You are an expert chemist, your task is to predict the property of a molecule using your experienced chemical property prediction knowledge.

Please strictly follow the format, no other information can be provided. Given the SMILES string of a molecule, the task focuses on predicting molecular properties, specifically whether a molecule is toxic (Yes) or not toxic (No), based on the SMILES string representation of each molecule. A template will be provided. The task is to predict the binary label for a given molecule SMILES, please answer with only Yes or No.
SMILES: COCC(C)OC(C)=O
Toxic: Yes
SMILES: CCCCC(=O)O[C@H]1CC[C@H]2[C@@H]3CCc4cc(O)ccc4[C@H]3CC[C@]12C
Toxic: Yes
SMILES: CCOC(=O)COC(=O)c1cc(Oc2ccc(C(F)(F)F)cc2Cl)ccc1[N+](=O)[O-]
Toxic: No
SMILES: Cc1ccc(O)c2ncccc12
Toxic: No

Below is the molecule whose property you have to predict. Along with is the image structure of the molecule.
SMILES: O=C(Cl)c1cccc([N+](=O)[O-])c1
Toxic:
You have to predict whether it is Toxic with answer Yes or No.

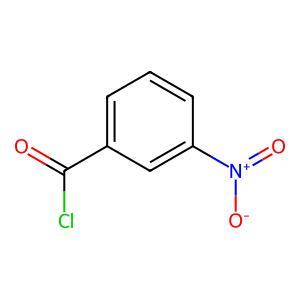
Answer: No